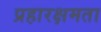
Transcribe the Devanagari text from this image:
प्रहारक्षमता